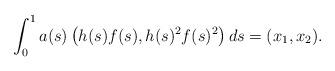
LaTeX: \begin{align*}\int_0^1 a(s)\left(h(s) f(s),h(s)^2f(s)^2\right) ds = (x_1,x_2).\end{align*}